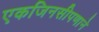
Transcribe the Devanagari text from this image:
एकजिनसीपणाने